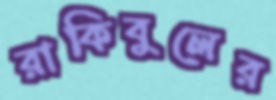
রাকিবুলের